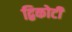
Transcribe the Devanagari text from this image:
द्विकोटी